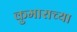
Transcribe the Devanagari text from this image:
कुमाराच्या